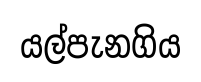
යල්පැනගිය